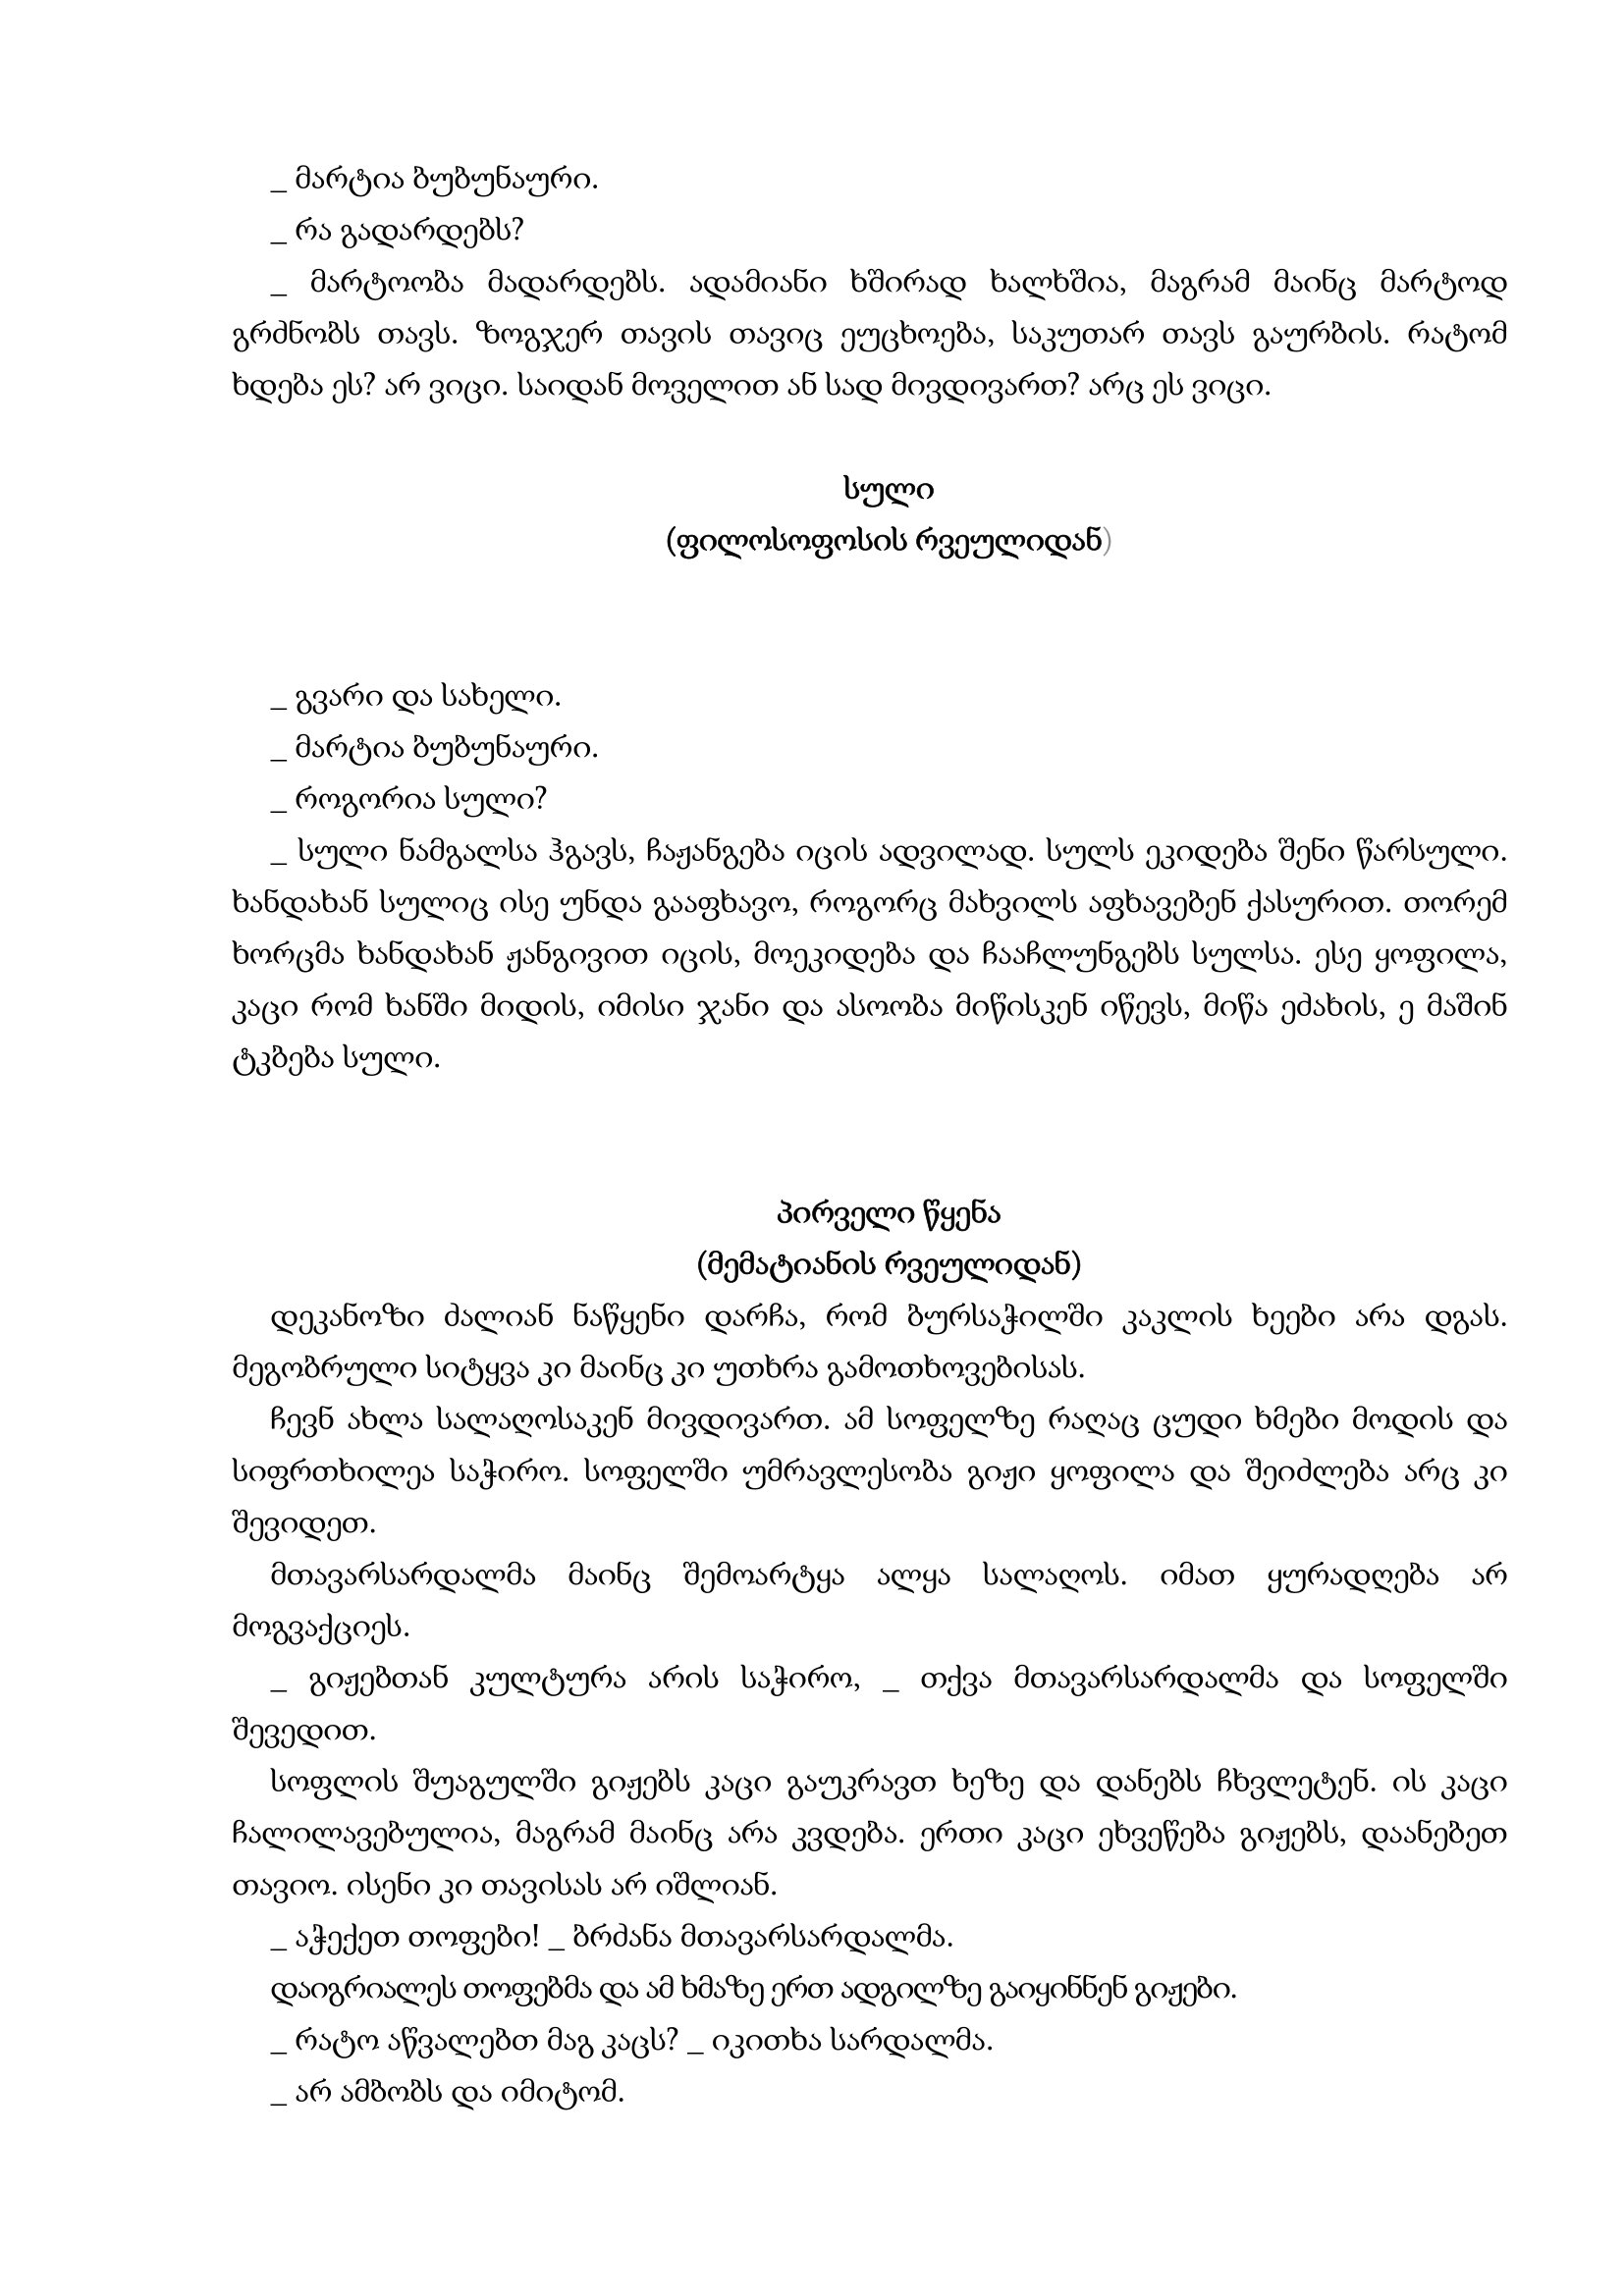
Language: gr